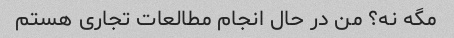
مگه نه؟ من در حال انجام مطالعات تجاری هستم